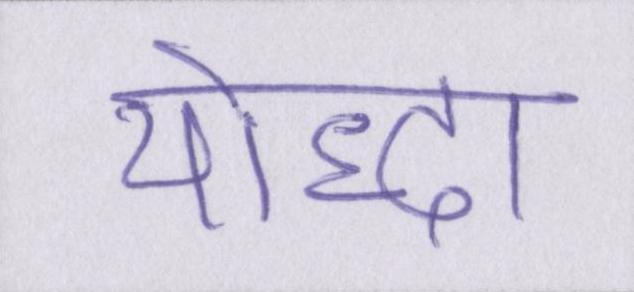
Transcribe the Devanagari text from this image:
योद्धा